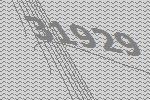
31929